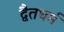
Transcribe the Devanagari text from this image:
द्वैतधर्म